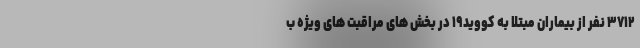
۳۷۱۲ نفر از بیماران مبتلا به کووید۱۹ در بخش های مراقبت های ویژه ب